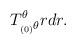
LaTeX: \begin{align*}T^{\theta}_{_{(0)}\theta} r dr.\end{align*}